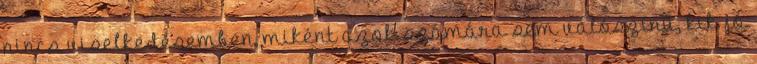
nincs viselkedésemben, miként azok számára sem valószínű, kik jó